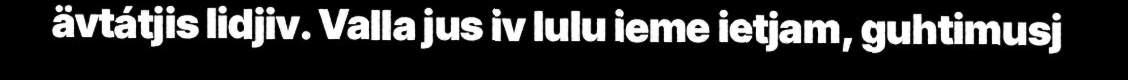
ävtátjis lidjiv. Valla jus iv lulu ieme ietjam, guhtimusj